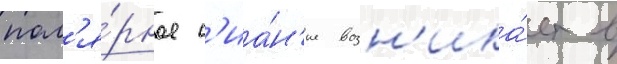
пол'я́рное с'иа́н'ие возн'ика́ет в